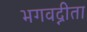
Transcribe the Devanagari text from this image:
भगवद्नीता